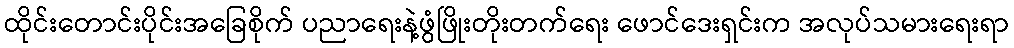
ထိုင်းတောင်းပိုင်းအခြေစိုက် ပညာရေးနဲ့ဖွံဖြိုးတိုးတက်ရေး ဖောင်ဒေးရှင်းက အလုပ်သမားရေးရာ